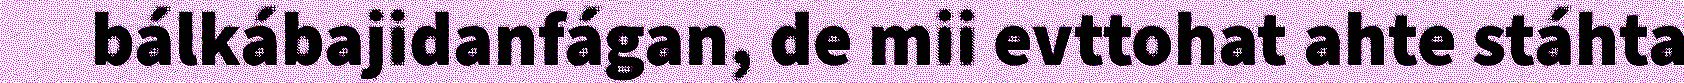
bálkábajidanfágan, de mii evttohat ahte stáhta